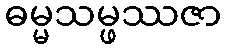
ဓမ္မသမ္ဖဿဇာ